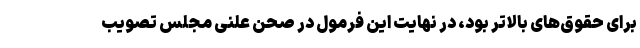
برای حقوق‌های بالاتر بود، در نهایت این فرمول در صحن علنی مجلس تصویب